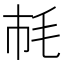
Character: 𣬪